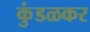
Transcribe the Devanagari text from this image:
कुंडळकर